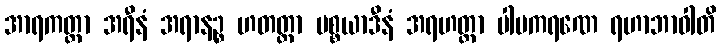
အာရကတ္တာ အရီနံ အရာနဉ္စ ဟတတ္တာ ပစ္စယာဒီနံ အရဟတ္တာ ပါပကရဏေ ရဟာဘာဝါတိ